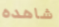
شاهده